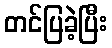
တင်ပြခဲ့ပြီး